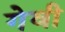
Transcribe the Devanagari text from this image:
गेवी